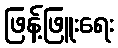
ဖြန့်ဖြူးရေး